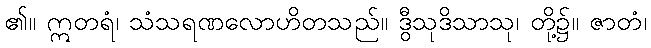
၏။ ဣတရံ၊ သံသရဏလောဟိတသည်။ ဒွီသုဒိသာသု၊ တို့၌။ ဇာတံ၊